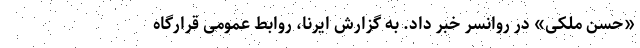
«حسن ملکی» در روانسر خبر داد. به گزارش ایرنا، روابط عمومی قرارگاه